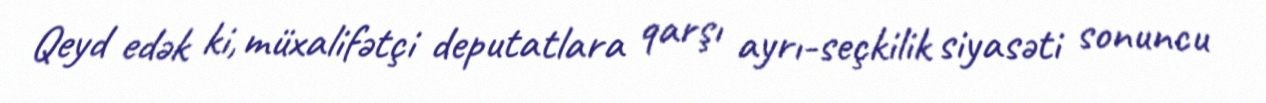
Qeyd edək ki, müxalifətçi deputatlara qarşı ayrı-seçkilik siyasəti sonuncu